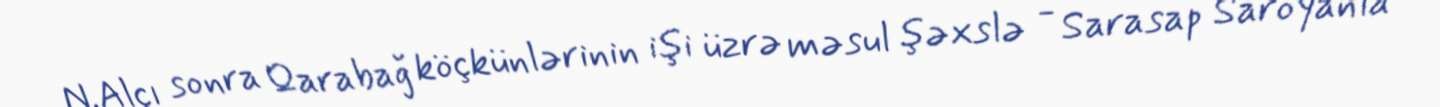
N.Alçı sonra Qarabağ köçkünlərinin işi üzrə məsul şəxslə - Sarasap Saroyanla